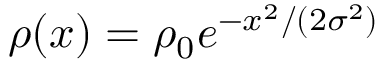
\rho ( x ) = \rho _ { 0 } e ^ { - x ^ { 2 } / ( 2 \sigma ^ { 2 } ) }